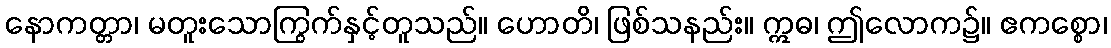
နောကတ္တာ၊ မတူးသောကြွက်နှင့်တူသည်။ ဟောတိ၊ ဖြစ်သနည်း။ ဣဓ၊ ဤလောက၌။ ဧကစ္စော၊